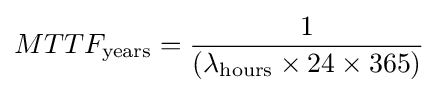
MTTF_{\text{years}}={\frac {1}{(\lambda _{\text{hours}}\times 24\times 365)}}